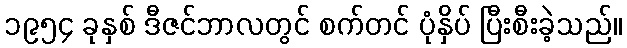
၁၉၅၄ ခုနှစ် ဒီဇင်ဘာလတွင် စက်တင် ပုံနှိပ် ပြီးစီးခဲ့သည်။